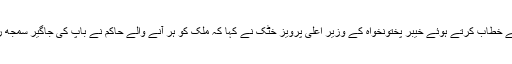
شرکاء سے خطاب کرتے ہوئے خیبر پختونخواہ کے وزیر اعلی پرویز خٹک نے کہا کہ ملک کو ہر آنے والے حاکم نے باپ کی جاگیر سمجھ رکھا ہے ۔